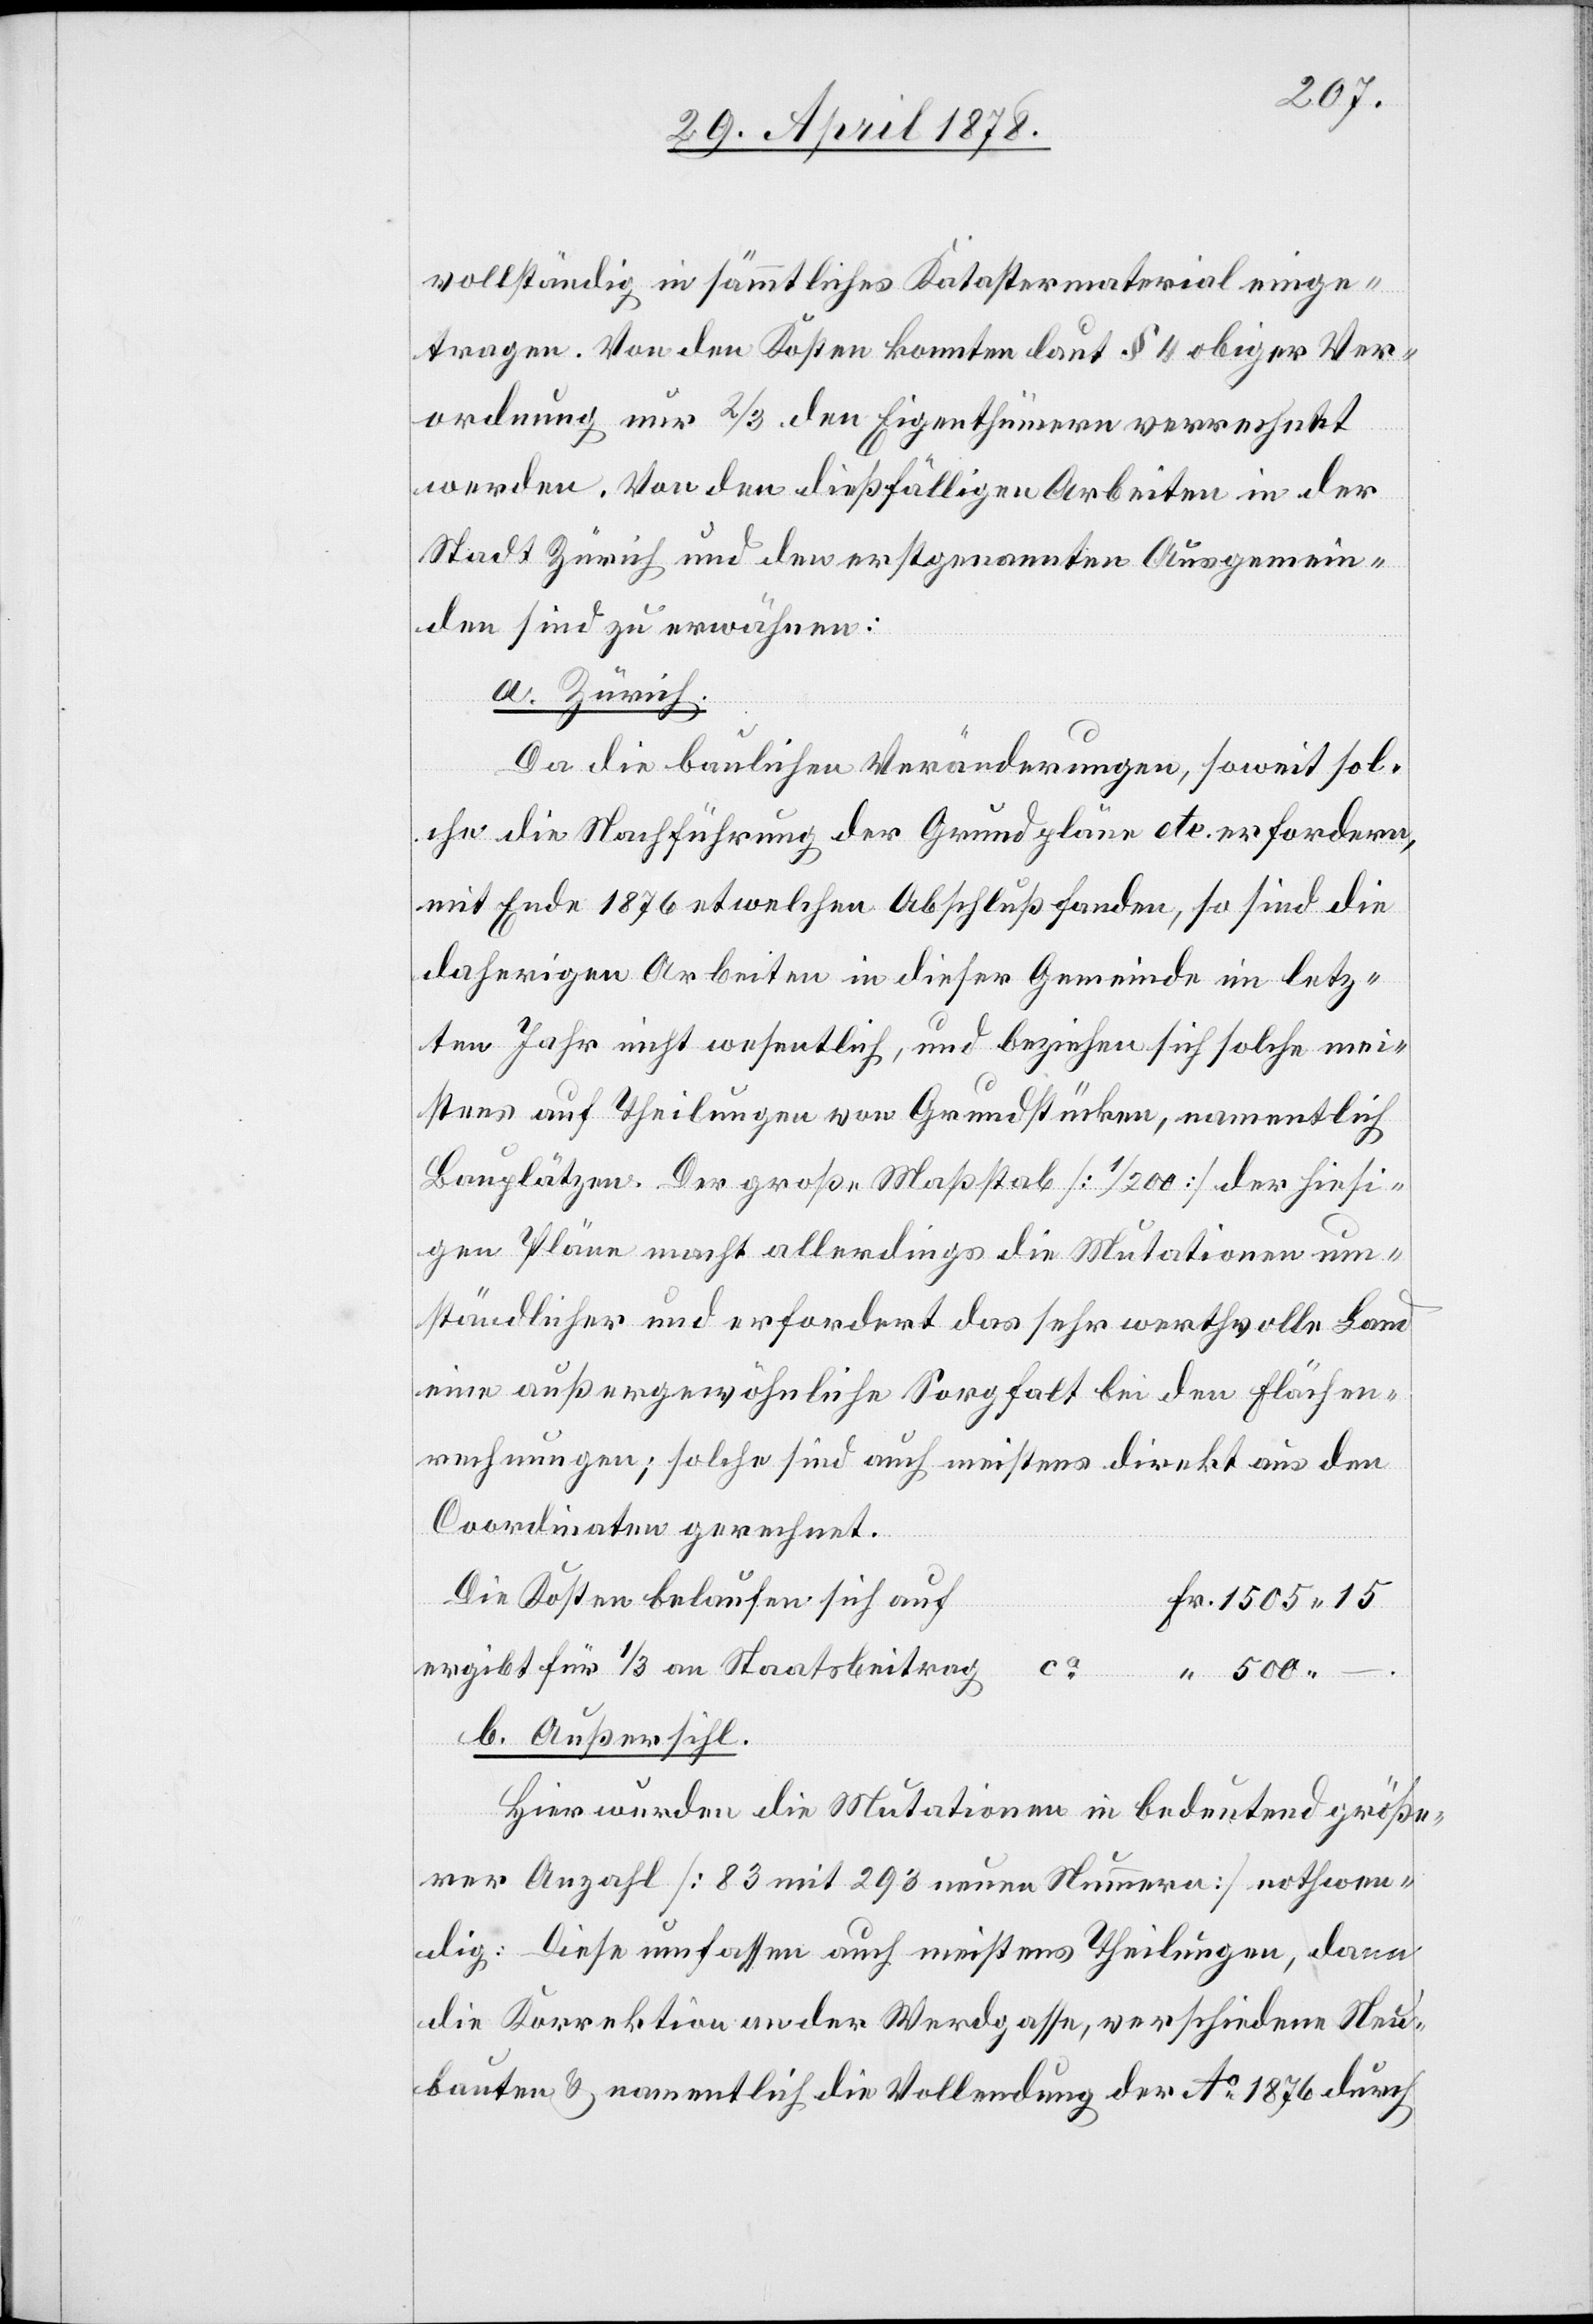
vollständig in sämmtliches Katastermaterial einge¬
tragen. Von den Kosten konnten laut § 4 obiger Ver¬
ordnung nur 2/3. den Eigenthümern verrechnet
ca
werden. Von den dießfälligen Arbeiten in der
Stadt Zürich und den erstgenannten Ausgemein¬
den sind zu erwähnen:
a. Zürich.
Da die baulichen Veränderungen, soweit sol¬
che die Nachführung der Grundpläne etc. erfordern,
mit Ende 1876 etwelchen Abschluß fanden, so sind die
daherigen Arbeiten in dieser Gemeinde im letz¬
ten Jahr nicht wesentlich, und beziehen sich solche mei¬
stens auf Theilungen von Grundstücken, namentlich
Bauplätzen. Der große Maßstab [1/200] der hiesi¬
gen Pläne macht allerdings die Mutationen um¬
ständlicher und erfordert das sehr werthvolle Land
eine außergewöhnliche Sorgfalt bei den Flächen¬
rechnungen; solche sind auch meistens direkt aus den
Coordinaten gerechnet.
– .
Die Kosten belaufen sich auf
ergibt für 1/3 an Staatsbeitrag
b. Außersihl.
Hier wurden die Mutationen in bedeutend größe¬
rer Anzahl [83 mit 293 neuen Nummern] nothwen¬
dig: Diese umfassen auch meistens Theilungen, dann
die Korrektion an der Werdgasse, verschiedene Neu¬
bauten & namentlich die Vollendung der Ao 1876 durch